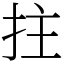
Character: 拄